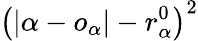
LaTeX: \left(\left|\alpha-o_{\alpha}\right|-r_{\alpha}^{0}\right)^{2}